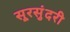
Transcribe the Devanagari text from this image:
सूरसुंदरी